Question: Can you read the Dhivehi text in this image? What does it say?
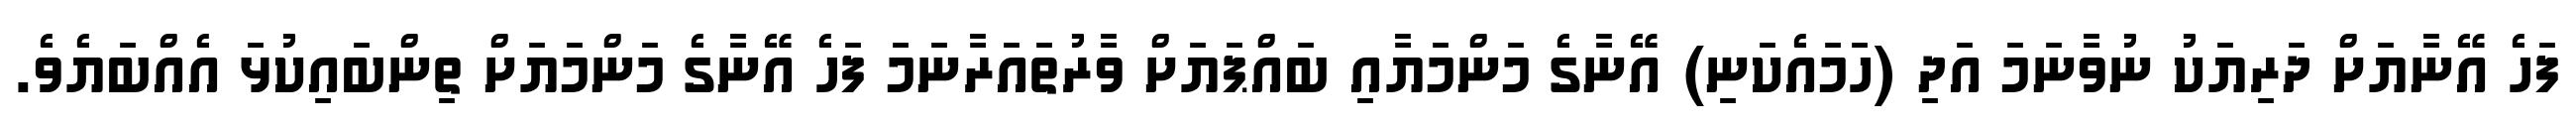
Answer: ފަހެ އޭނާޔަށް ދަރިޔަކު ނުވާނަމަ އަދި (ހަމައެކަނި) އޭނާގެ މަންމަޔާއި ބައްޕަޔަށް ވާރުތައަރާނަމަ ފަހެ އޭނާގެ މަންމަޔަށް ތިންބައިކުޅަ އެއްބަޔެވެ.